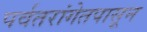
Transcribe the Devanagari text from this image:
पर्वतरांगेतपासून